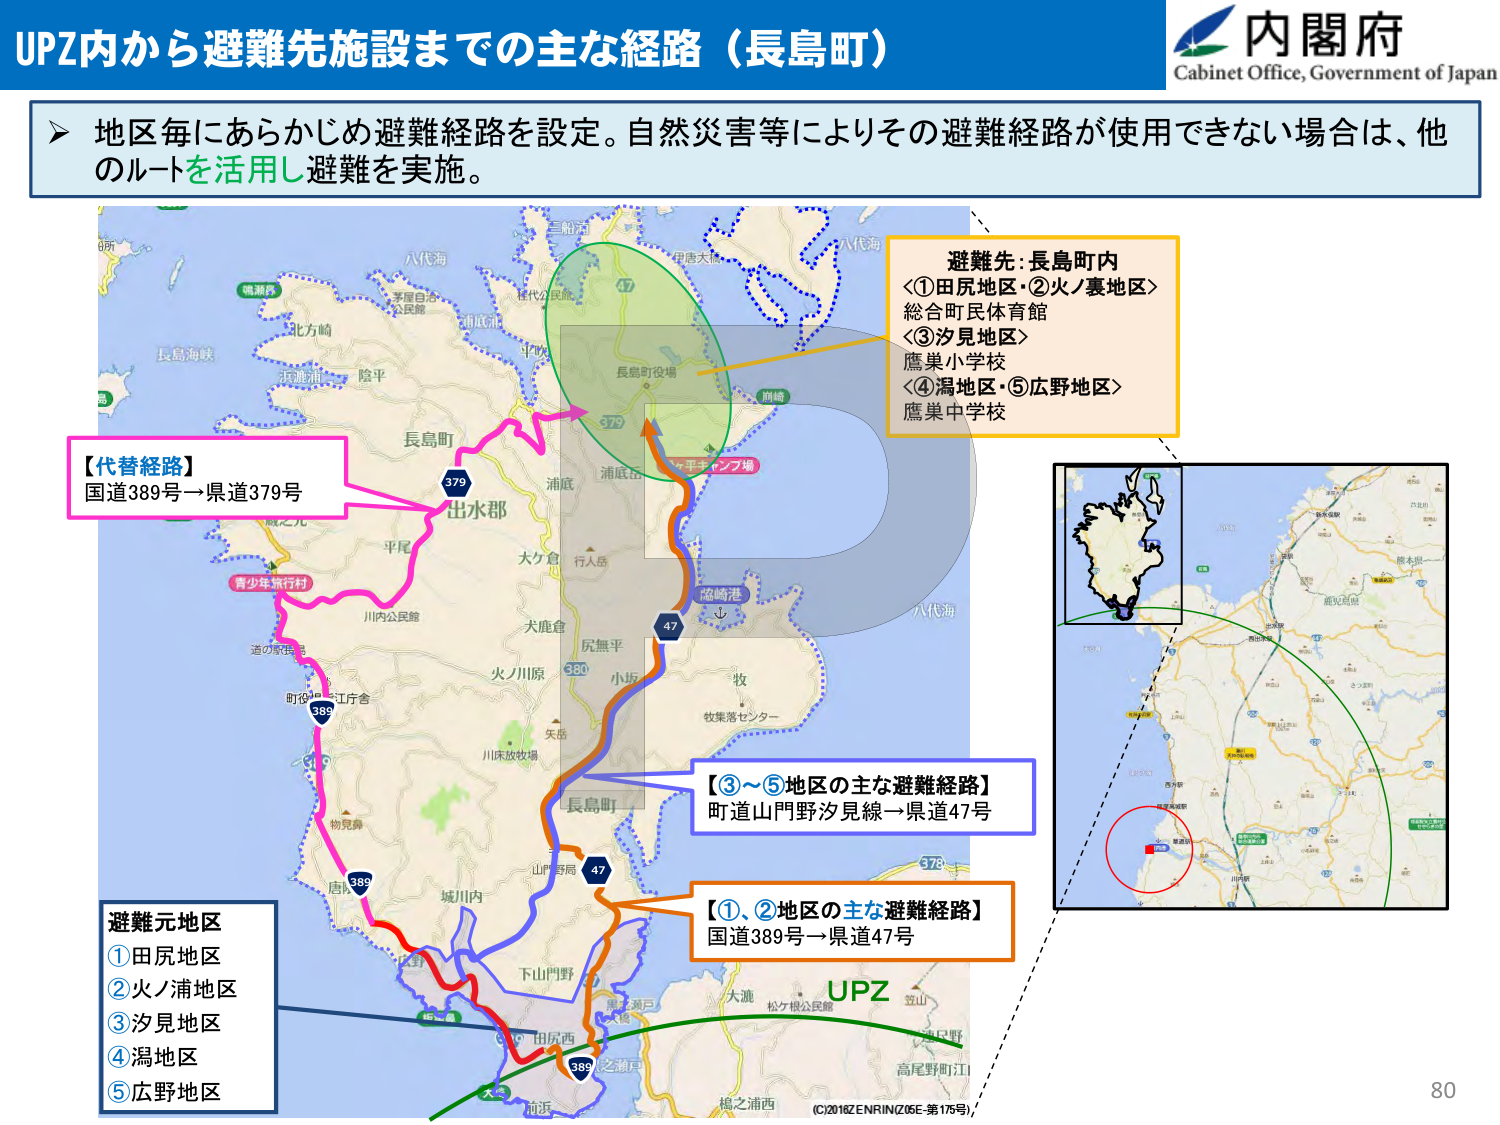
UPZ内から避難先施設までの主な経路（長島町）

内閣府
Cabinet Office, Government of Japan

▶ 地区毎にあらかじめ避難経路を設定。自然災害等によりその避難経路が使用できない場合は、他のルートを活用し避難を実施。

【代替経路】
国道389号→県道379号

避難先：長島町内
＜①田尻地区・②火ノ裏地区＞
総合町民体育館
＜③汐見地区＞
鷹巣小学校
＜④潟地区・⑤広野地区＞
鷹巣中学校

【③～⑤地区の主な避難経路】
町道山門野汐見線→県道47号

【①、②地区の主な避難経路】
国道389号→県道47号

避難元地区
①田尻地区
②火ノ浦地区
③汐見地区
④潟地区
⑤広野地区

UPZ

(C)2018 ZENRIN (Z06E-第175号)

80